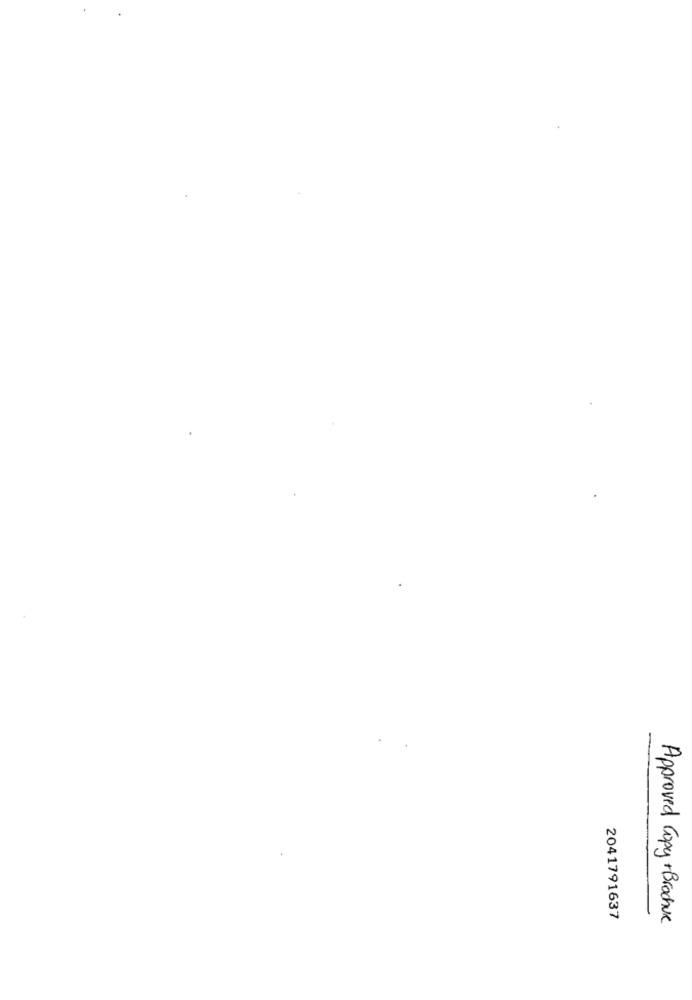
2041791637
Approved Copy + Brochure